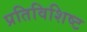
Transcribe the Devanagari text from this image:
प्रतिविशिष्ट